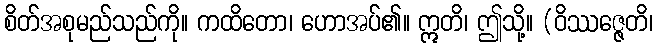
စိတ်အစုမည်သည်ကို။ ကထိတော၊ ဟောအပ်၏။ ဣတိ၊ ဤသို့။ (ဝိဿဇ္ဇေတိ၊